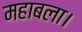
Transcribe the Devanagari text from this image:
महाबला।